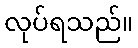
လုပ်ရသည်။